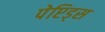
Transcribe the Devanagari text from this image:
पेप्टिड्स